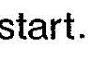
start.